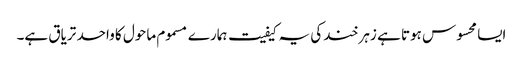
ایسا محسوس ہوتا ہے زہر خند کی یہ کیفیت ہمارے مسموم ماحول کا واحد تریاق ہے۔